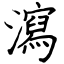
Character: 瀉